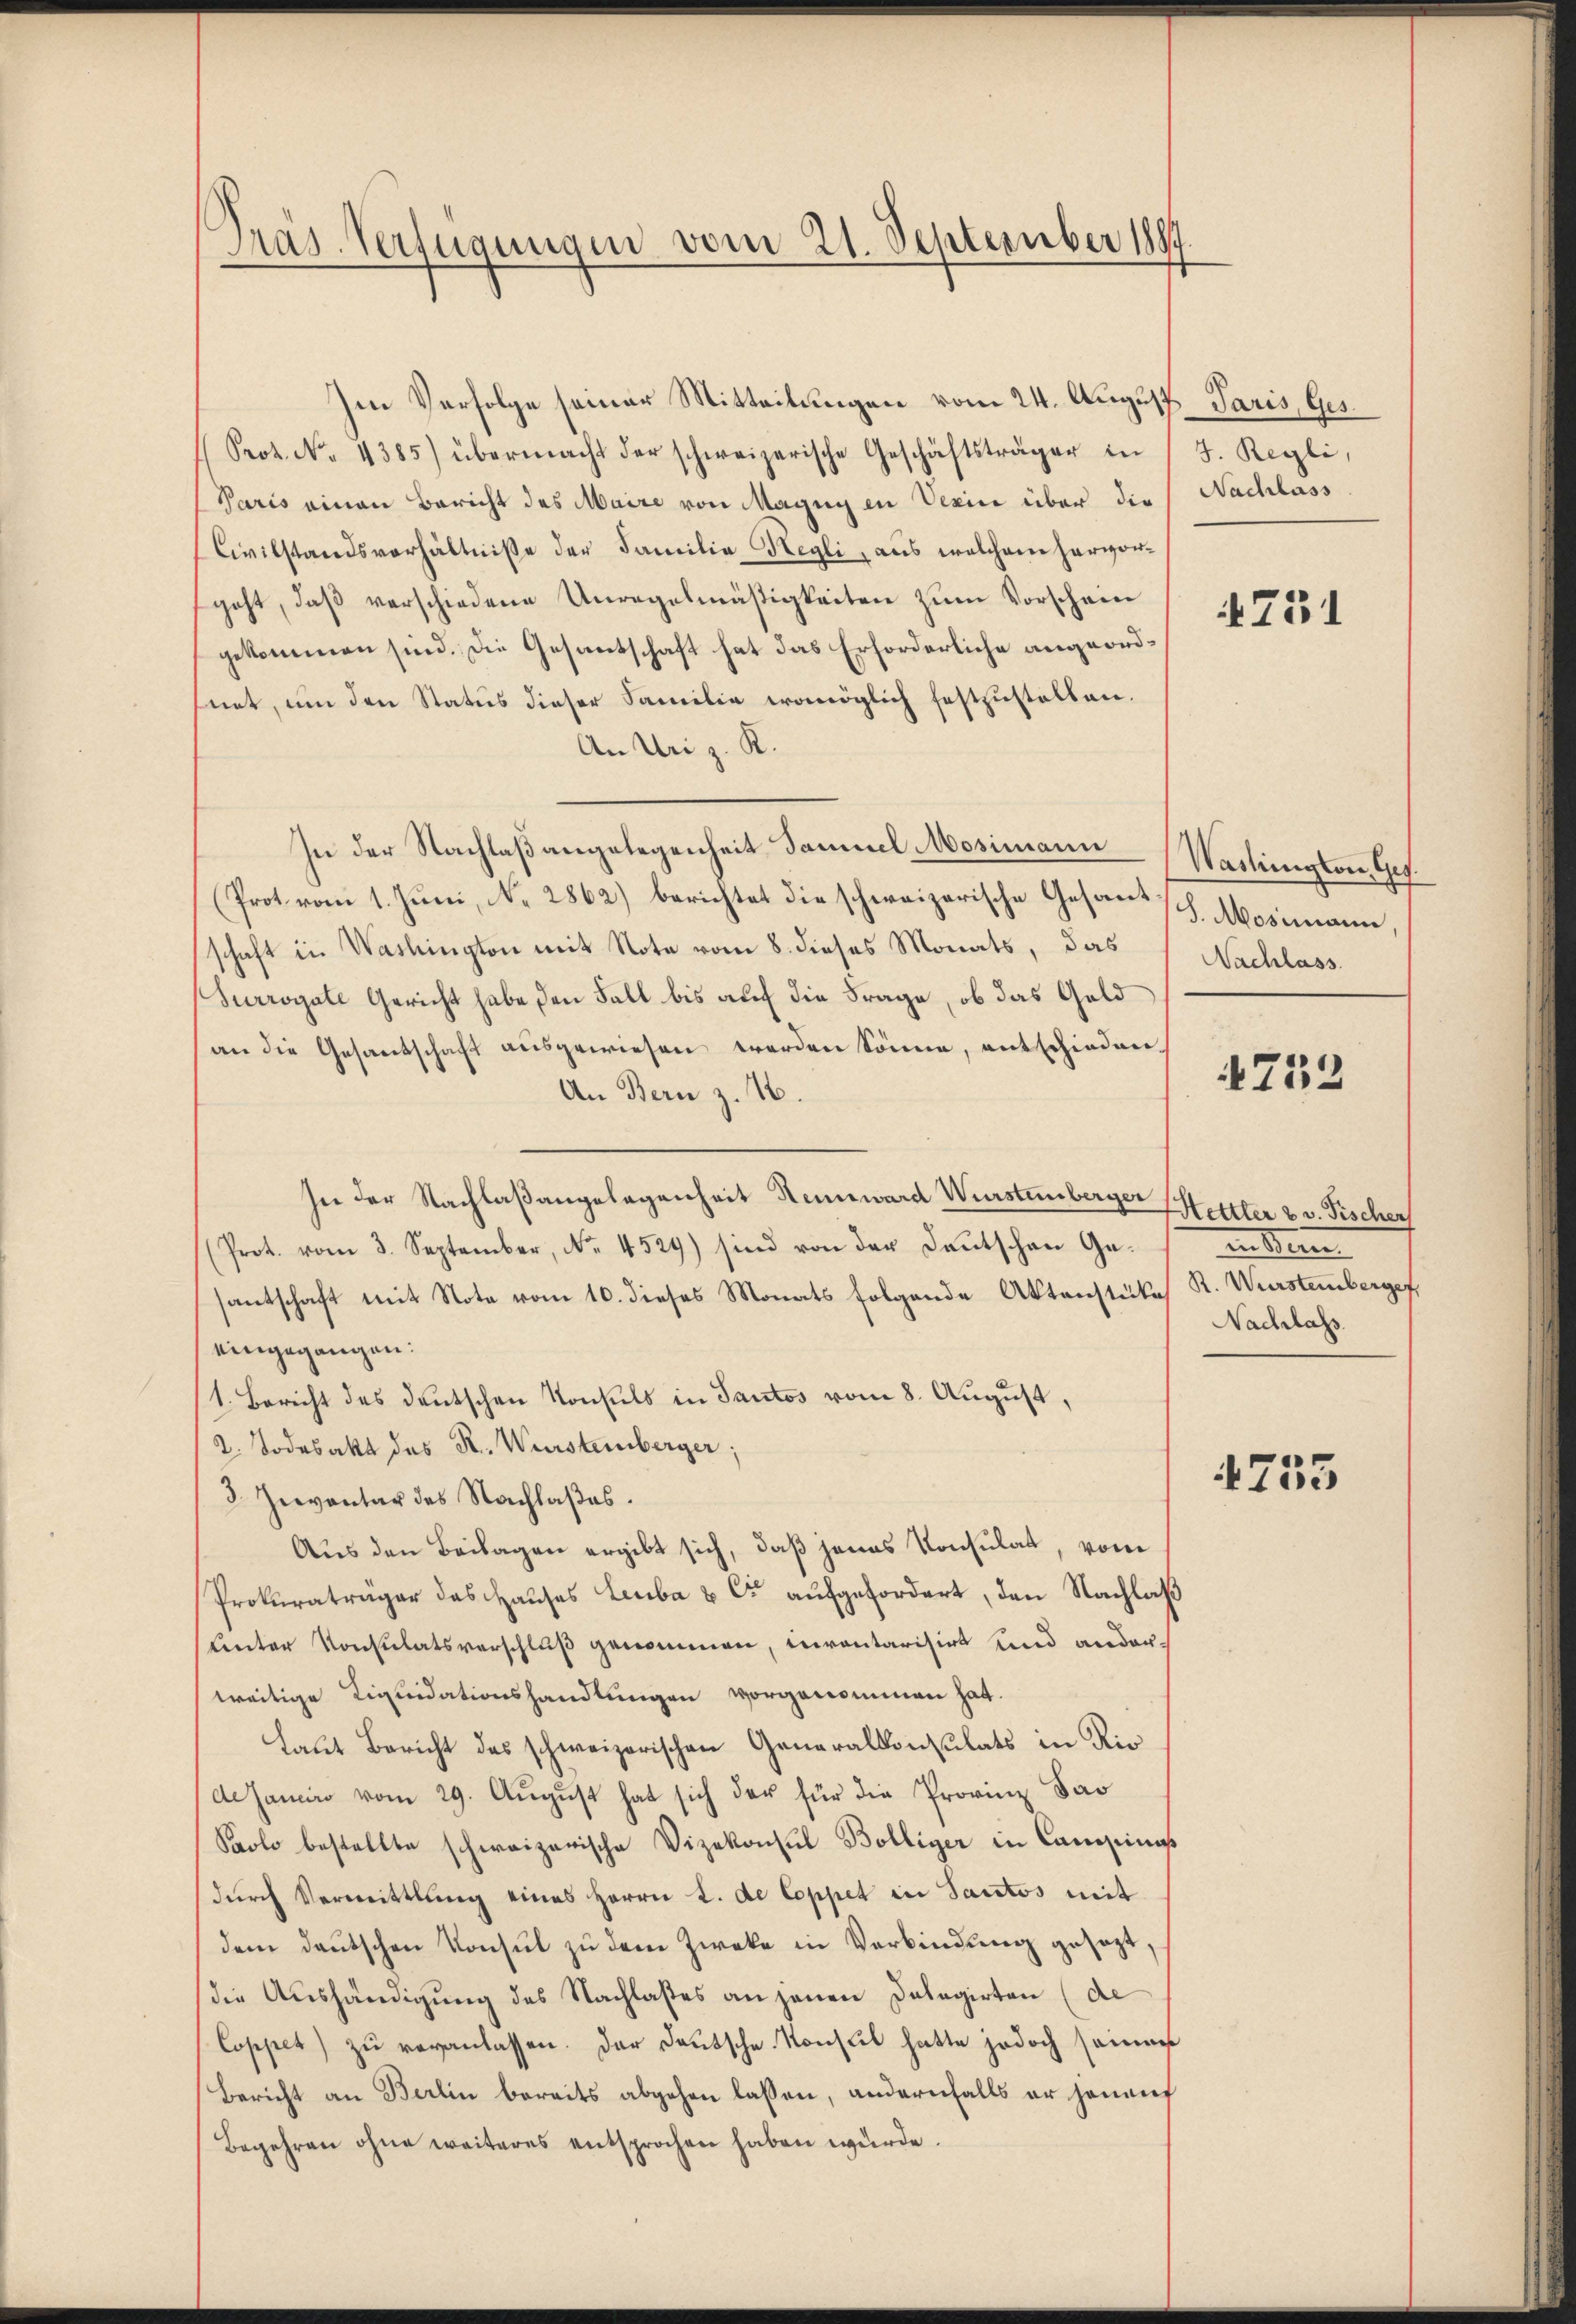
Präs. Verfügungen vom 21. September 1884

Im Verfolge seiner Mitteilungen vom 24. August Paris, Ges.
Prot. No. 4385) übermacht der schweizerische Geschäftsträger in J. Regli,
Paris einen Bericht des Maire von Magny in Verin über die Nachlass
Civilstandsverhältnisse der Familie Hegli, aus welchem hervorgeht, daβ verschiedene Unregelmäßigkeiten zŭm Vorschein
gekommen sind. Die Gesantschaft hat das Erforderliche angeordnet, um den Status dieser Familie womöglich festzustellen.
An Uriz. K.
In der Nachlaßangelegenheit Samuel Mosimann
(Prot vom 1. Juni, No. 2862) berichtet die schweizerische Gesand (S. Mosimann,
schaft in Washington mit Note vom 8. dieses Monats, das
(Surrogate Gericht habe den Fall bis auf die Frage, ob das Geld
an die Gesantschaft ausgewiesen werden könne, entschieden
An Bern z. 16.
In der Nachlaßangelegenheit Rennward Wurstenberger Hettler 2 v. Fischer
(Prot. vom 3. September, No. 4529) sind von der Deutschen Ge-
santschaft mit Note vom 10. dieses Monats folgende Aktenstüke R. Wurstembergef
eingegangen:
1. Bericht des deutschen Konsuls in Tautos vom 8. August,
2. Todesakt des K. Würstemberger;
3. Inventar des Nachlaßes.
Aus den Beilagen ergibt sich, daß jenes Konsulat, vom
Prokuraträger das Haŭses Leuba & Co. aŭfgefordert, den Nachlaß
unter Konsulatsverschluß genommen, inventarisirt und anderweitige Liquidationshandlungen vorgenommen hat.
Laut Bericht des schweizerischen Generalkonsulats in RiedeJaneiro vom 29. August hat sich der für die Provinz Far
Polo bestellte schweizerische Vizekonsul Bolliger in Campini
dŭrch Vermittlung eines Herrn L. de Coppet in Sautos mit
dem deŭtschen Konsul zu dem Zweke in Verbindung gesezt,
(die Aushändigung des Nachlasses an jenen Delegirten (de
Coppet) zu veranlassen. Der Deutsche Konsul hatte jedoch seine
Bericht an Berlin bereits abgehen lassen, andernfalls er jenauf
Begehren ohne weiteres entsprochen haben würde.

4751

Washington Ges.
Nachlass.

1752

in Mein
Nachlass.

4755